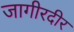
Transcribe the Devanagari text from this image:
जागीरदीर